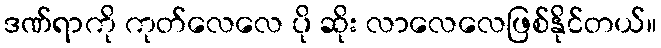
ဒဏ်ရာကို ကုတ်လေလေ ပို ဆိုး လာလေလေဖြစ်နိုင်တယ်။